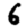
Digit: 6